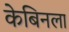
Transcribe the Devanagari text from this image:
केबिनला